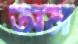
অন